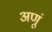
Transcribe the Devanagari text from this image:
अणूं